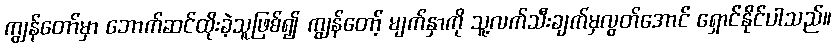
ကျွန်တော်မှာ ဘောက်ဆင်ထိုးခဲ့သူဖြစ်၍ ကျွန်တော့် မျက်နှာကို သူ့လက်သီးချက်မှလွတ်အောင် ရှောင်နိုင်ပါသည်။